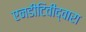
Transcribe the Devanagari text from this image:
एनडीटिवीद्वारा